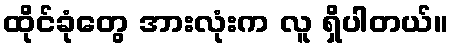
ထိုင်ခုံတွေ အားလုံးက လူ ရှိပါတယ်။